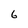
Character: 6